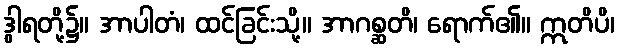
ဒွါရတို့၌။ အာပါတံ၊ ထင်ခြင်းသို့။ အာဂစ္ဆတိ၊ ရောက်၏။ ဣတိပိ၊